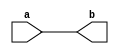
module assign_statement(
    input wire a,
    output wire b
);

assign b = a;

endmodule